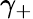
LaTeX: \gamma_{+}